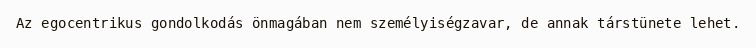
Az egocentrikus gondolkodás önmagában nem személyiségzavar, de annak társtünete lehet.